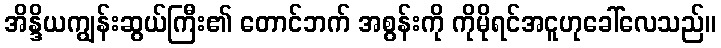
အိန္ဒိယကျွန်းဆွယ်ကြီး၏ တောင်ဘက် အစွန်းကို ကိုမိုရင်အငူဟုခေါ်လေသည်။